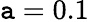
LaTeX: \mathtt{a}=0.1